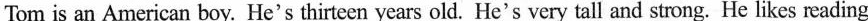
Tom is an American boy. He's thirteen years old. He's very tall and strong. He likes reading